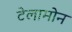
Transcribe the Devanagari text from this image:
टेलामोन